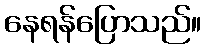
နေရန်ပြောသည်။